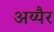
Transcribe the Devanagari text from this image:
अय्यैर